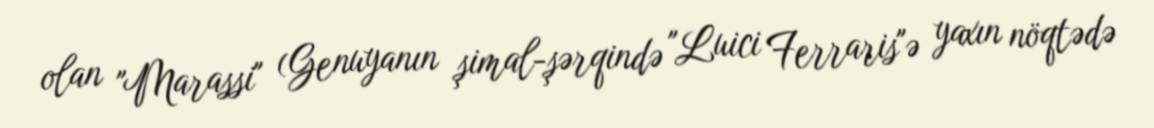
olan "Marassi" (Genuyanın şimal-şərqində "Luici Ferraris"ə yaxın nöqtədə